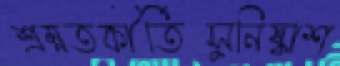
শ্রম্নতকীর্তিসুনিষ্কাশ